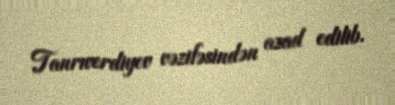
Tanrıverdiyev vəzifəsindən azad edilib.